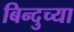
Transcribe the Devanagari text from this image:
बिन्दुच्या